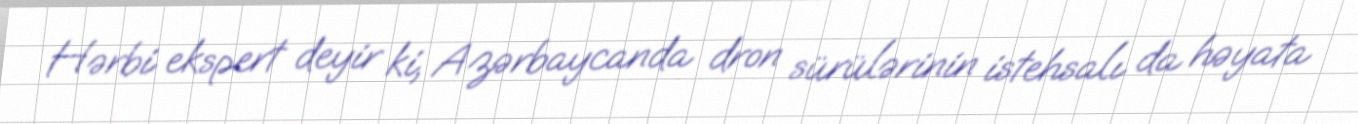
Hərbi ekspert deyir ki, Azərbaycanda dron sürülərinin istehsalı da həyata